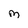
Character: M